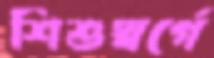
শিশুস্বর্গে